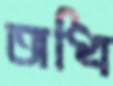
অধি